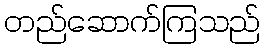
တည်ဆောက်ကြသည်